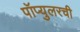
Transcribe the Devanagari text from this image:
पॉप्युलरची